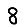
Digit: 8